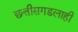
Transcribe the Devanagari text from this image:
छत्तीसगडलाही